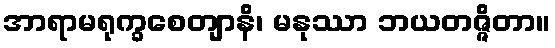
အာရာမရုက္ခစေတျာနိ၊ မနုဿာ ဘယတဇ္ဇိတာ။